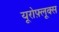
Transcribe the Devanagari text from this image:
यूरोफ़्लूक्स